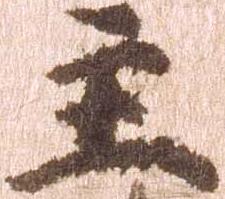
主